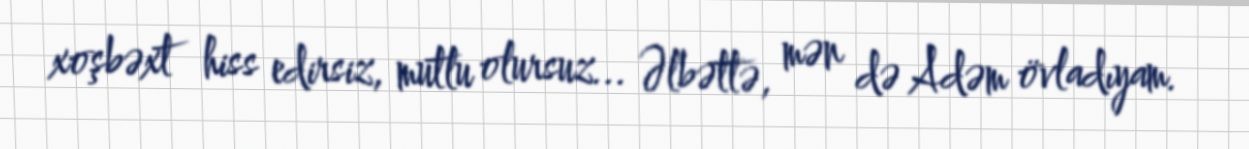
xoşbəxt hiss edirsiz, mutlu olursuz... Əlbəttə, mən də Adəm övladıyam.